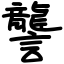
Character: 讋